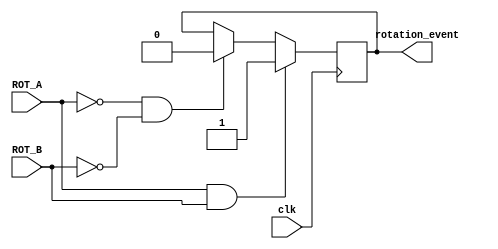
`timescale 1ns / 1ps
//////////////////////////////////////////////////////////////////////////////////
// Company: 
// Engineer: 
// 
// Design Name: 
// Module Name:    rotatory_shaft 
// Project Name: 
// Target Devices: 
// Tool versions: 
// Description: 
//
// Dependencies: 
//
// Revision: 
// Revision 0.01 - File Created
// Additional Comments: 
//
//////////////////////////////////////////////////////////////////////////////////
module rotatory_shaft(clk, ROT_A,ROT_B,rotation_event);
	input clk, ROT_A, ROT_B;
	output rotation_event;
	reg rotation_event;

	always@(posedge clk) begin
		if(ROT_A == 1 && ROT_B == 1) begin
			rotation_event <= 1;
		end
		else if(ROT_A == 0 & ROT_B == 0) begin
			rotation_event <= 0;
		end
	end
endmodule